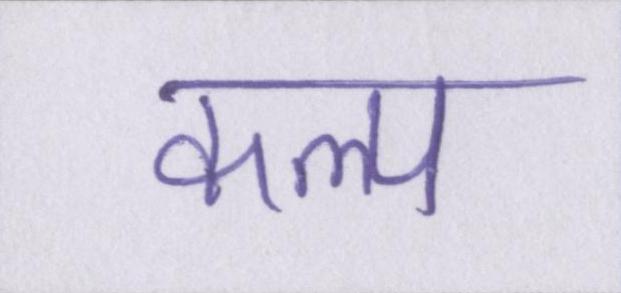
कल्प